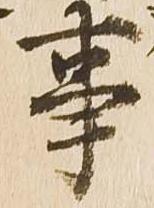
事